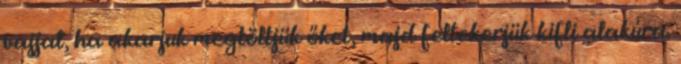
vajjal, ha akarjuk megtöltjük őket, majd feltekerjük kifli alakúra.